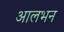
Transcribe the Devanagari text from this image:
आलभन